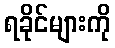
ရခိုင်များကို